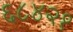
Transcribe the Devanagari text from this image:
६८४२१